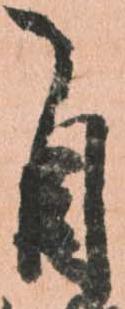
自